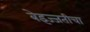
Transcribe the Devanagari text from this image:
बेइज्जतीचा